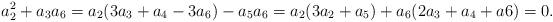
LaTeX: \begin{align*}a_2^2 + a_3 a_6=a_2(3 a_3 + a_4 - 3 a_6) - a_5 a_6=a_2(3 a_2 + a_5) + a_6(2 a_3 + a_4 + a6)=0.\end{align*}